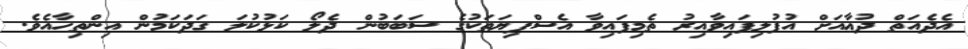
އެދެއަތް ދުޢާއަށް އުފުލިފައިވާއިރު ތެމިފައިވާ އެސްފިޔަތަކުގެ ސަބަބުން ދެލޯ ކަޅުކުލަ ގަދަކަމުން އިންތިހާއެވެ.